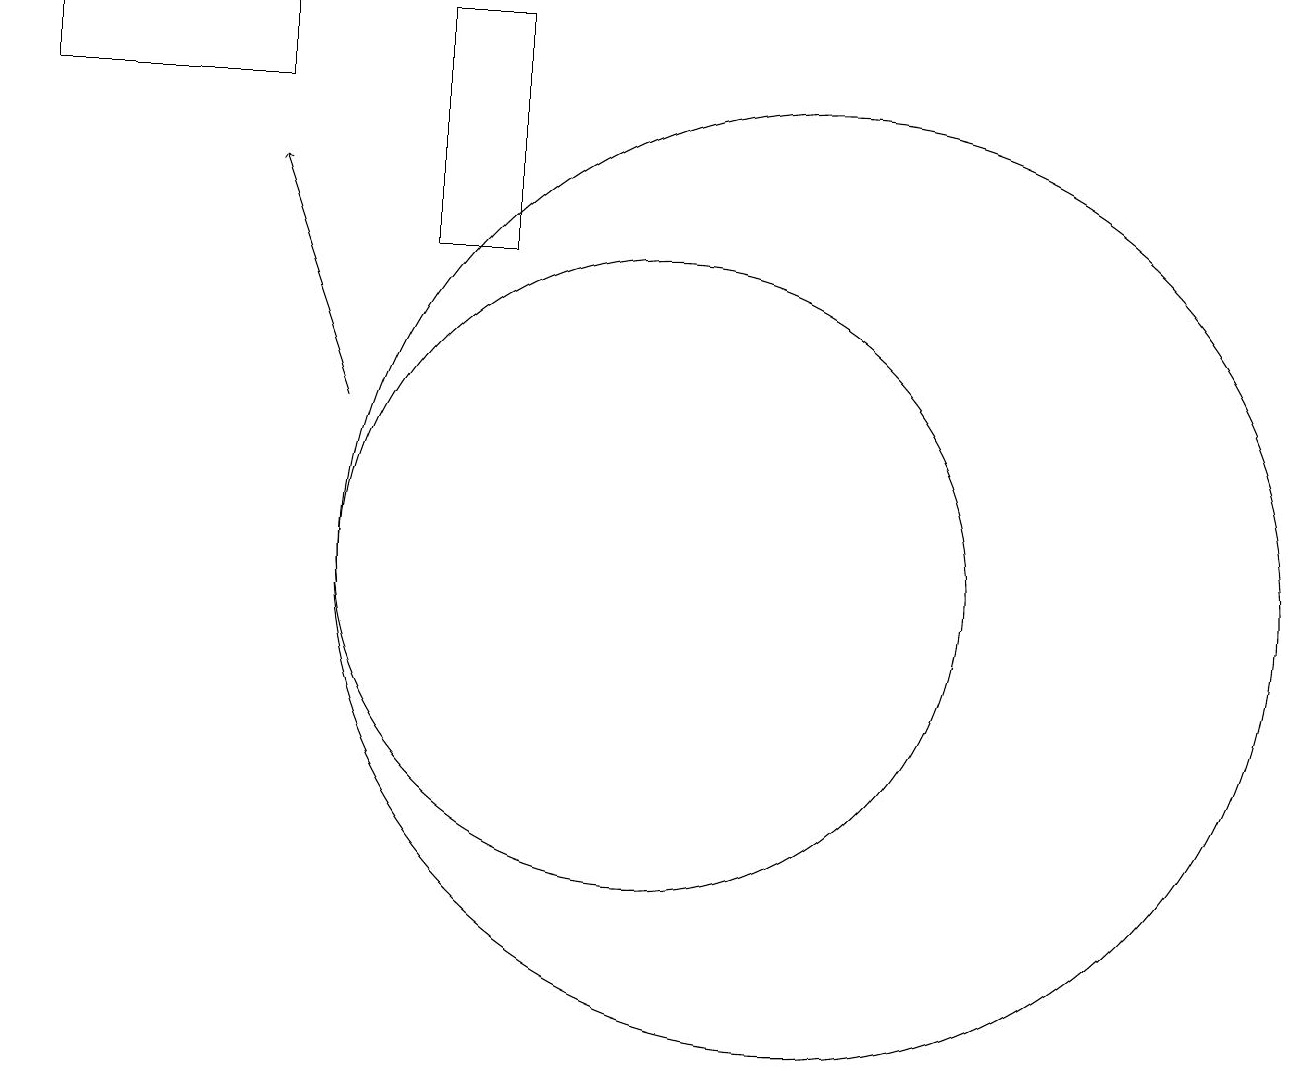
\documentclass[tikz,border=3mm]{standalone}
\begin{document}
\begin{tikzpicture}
\draw (5,17) rectangle (2,16);
\draw (12,10) circle (6);
\draw (10,10) circle (4);
\draw[->] (6,12) -- (5,15);
\draw (8,14) rectangle (7,17);
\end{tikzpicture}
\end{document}